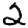
Digit: 2